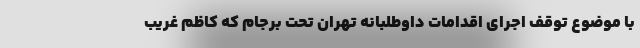
با موضوع توقف اجرای اقدامات داوطلبانه تهران تحت برجام که کاظم غریب